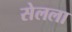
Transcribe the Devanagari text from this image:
सेलला